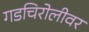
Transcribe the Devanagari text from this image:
गडचिरोलीवर